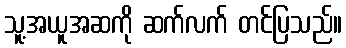
သူ့အယူအဆကို ဆက်လက် တင်ပြသည်။